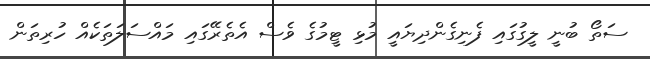
ސަތޯ ބުނީ ލީގުގައި ފެނިގެންދިޔައީ މުޅި ޓީމުގެ ވެސް އެތެރޭގައި މައްސަލަތަކެއް ހުރިތަން